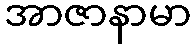
အာဇာနာမာ